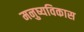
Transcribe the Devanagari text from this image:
मनुष्यविकास